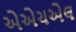
એએચએલ